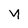
Character: y